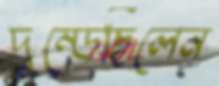
দুম্‌ড়েছিলেন